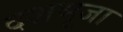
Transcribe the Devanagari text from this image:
दशभूजा